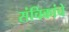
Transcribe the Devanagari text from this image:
संचिकांचे